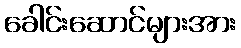
ခေါင်းဆောင်များအား